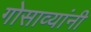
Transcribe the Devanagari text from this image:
गोसाव्यांनी